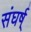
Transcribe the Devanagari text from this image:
संघर्ष्